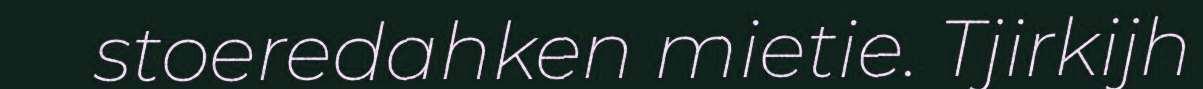
stoeredahken mietie. Tjirkijh